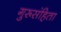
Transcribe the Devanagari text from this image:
गुरूसंहिता